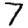
Digit: 7